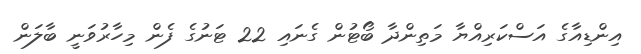
އިންޑިއާގެ އަސްކަރިއްޔާ މަތިންދާ ބޯޓުން ގެނައި 22 ޓަނުގެ ފެން މިހާރުވަނީ ބާލަން